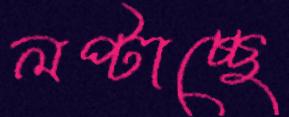
লপ্‌টাচ্ছে